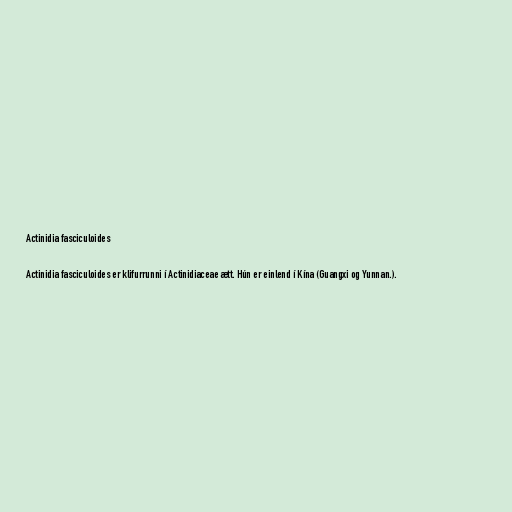
Actinidia fasciculoides

Actinidia fasciculoides er klifurrunni í Actinidiaceae ætt. Hún er einlend í Kína (Guangxi og Yunnan.).